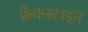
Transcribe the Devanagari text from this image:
फ्रेंकस्टाइन